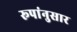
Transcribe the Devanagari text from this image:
रूपांनुसार